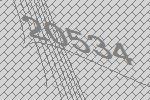
20534